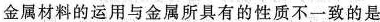
金属材料的运用与金属所具有的性质不一致的是